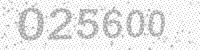
Solution: 025600